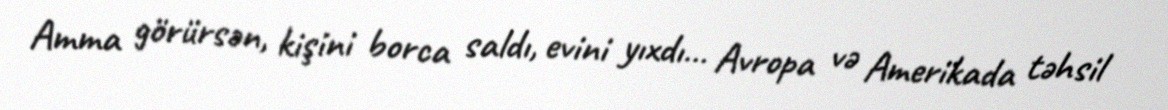
Amma görürsən, kişini borca saldı, evini yıxdı… Avropa və Amerikada təhsil